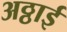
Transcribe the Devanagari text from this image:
अठ्ठाई